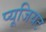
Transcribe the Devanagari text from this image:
प्यूजियट